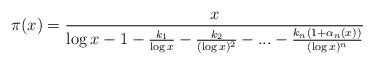
LaTeX: \begin{align*}\pi(x)=\frac{x}{\log x-1-\frac{k_{1}}{\log x}-\frac{k_{2}}{(\log x)^{2}}-...-\frac{k_{n}(1+\alpha_{n}(x))}{(\log x)^{n}}} \end{align*}